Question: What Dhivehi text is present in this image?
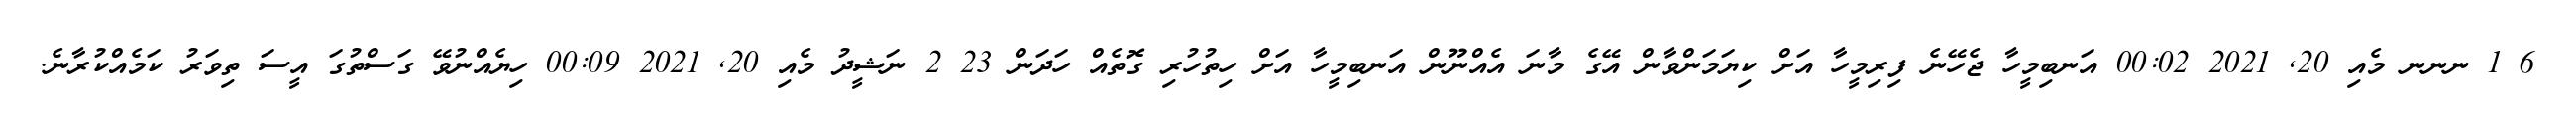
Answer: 6 1 ނނނ މެއި 20, 2021 00:02 އަނބިމީހާ ޖެހޭނެ ފިރިމީހާ އަށް ކިޔަމަންވާން އޭގެ މާނަ އެއްނޫން އަނބިމީހާ އަށް ހިތުހުރި ގޮތެއް ހަދަން 23 2 ނަޝީދު މެއި 20, 2021 00:09 ހިޔެއްނުވޭ ގަސްތުގަ އީސަ ތިވަރު ކަމެއްކުރާނެ.